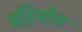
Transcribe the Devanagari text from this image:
बहिर्योग